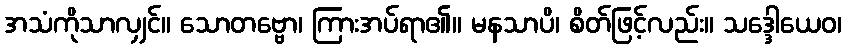
အသံကိုသာလျှင်။ သောတဗ္ဗော၊ ကြားအပ်ရာ၏။ မနသာပိ၊ စိတ်ဖြင့်လည်း။ သဒ္ဒေါယေဝ၊